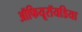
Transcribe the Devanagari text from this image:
ऑफियूरॉयडिया